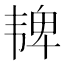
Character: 𫖓